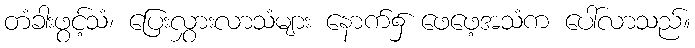
တံခါးဖွင့်သံ၊ ပြေးလွှားလာသံများ နောက်၌ ဖေဖေ့အသံက ပေါ်လာသည်။